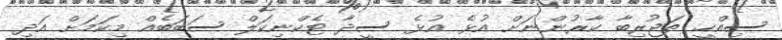
ސިއްހީ ތަޖުރިބާ ކާރުންނަށް އުޅެ އުޅެ ސީދާ ޓެކްނިކަލް ސަބަބެއް މިކަމަށް އަދި